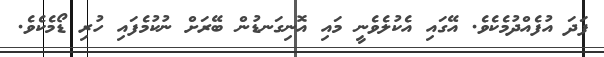
ފަދަ އުފެއްދުމެކެވެ. އޭގައި އެކުލެވެނީ މައި އޮނިގަނޑުން ބޭރަށް ނުކުމެފައި ހުރި ޑޯމެކެވެ.